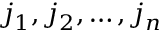
j _ { 1 } , j _ { 2 } , \dots , j _ { n }